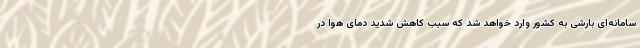
سامانه‌ای بارشی به کشور وارد خواهد شد که سبب کاهش شدید دمای هوا در